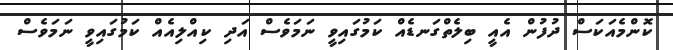
ކޮންމެއަކަސް ދުފުން އެއީ ބިލެތްގަނޑެއް ކަމުގައިވީ ނަމަވެސް އަދި ކިއްލިއެއް ކަމުގައިވީ ނަމަވެސް